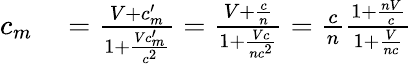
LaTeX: \begin{array}{rl}{c_{m}}&{{}={\frac{V+c_{m}^{\prime}}{1+{\frac{Vc_{m}^{\prime}}{c^{2}}}}}={\frac{V+{\frac{c}{n}}}{1+{\frac{Vc}{nc^{2}}}}}={\frac{c}{n}}{\frac{1+{\frac{nV}{c}}}{1+{\frac{V}{nc}}}}}\end{array}